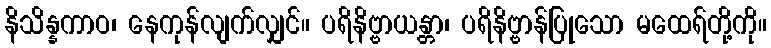
နိသိန္နကာဝ၊ နေကုန်လျက်လျှင်။ ပရိနိဗ္ဗာယန္တာ၊ ပရိနိဗ္ဗာန်ပြုသော မထေရ်တို့ကို။